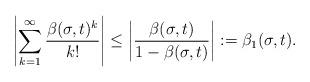
LaTeX: \begin{align*} \left|\sum_{k=1}^\infty \frac{\beta(\sigma,t)^{k}}{k!}\right| \leq \left|\frac{\beta(\sigma,t)}{1 - \beta(\sigma,t)}\right| := \beta_1(\sigma,t).\end{align*}